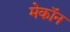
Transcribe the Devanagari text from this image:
मेकॉन